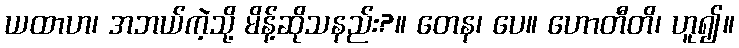
ယထာဟ၊ အဘယ်ကဲ့သို့ မိန့်ဆိုသနည်း?။ တေန၊ ပေ။ ဟောတီတိ၊ ဟူ၍။